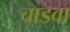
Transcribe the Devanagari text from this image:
चाडवा